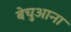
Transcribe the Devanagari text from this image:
बेचुआना